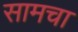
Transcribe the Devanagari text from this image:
सामचा